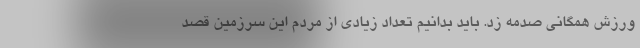
ورزش همگانی صدمه زد. باید بدانیم تعداد زیادی از مردم این سرزمین قصد